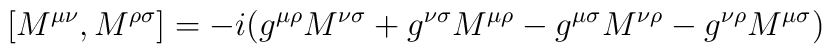
[M^{\mu\nu},M^{\rho\sigma}]=-i (g^{\mu\rho}M^{\nu\sigma}+g^{\nu \sigma}M^{\mu\rho}-g^{\mu\sigma}M^{\nu\rho}-g^{\nu\rho}M^{\mu\sigma})